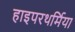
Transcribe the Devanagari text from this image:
हाइपरथर्मिया